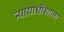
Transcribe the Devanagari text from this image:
न्यायाधीशाला